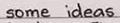
some ideas